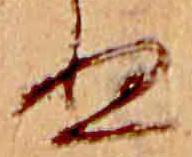
ぬ